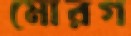
মোরগ